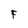
Character: F